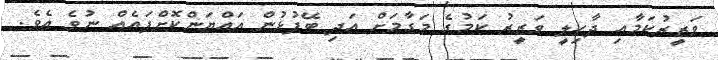
ވަޒީރުކަމާއި ދާހިލީ ވަޒީރު ކަމުގެ މަގާމަށް އަދި ބޭފުޅުން އައްޔަންކޮށްފައެއް ނުވެ އެވެ.